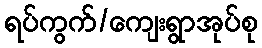
ရပ်ကွက်/ကျေးရွာအုပ်စု